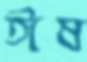
ঈষ